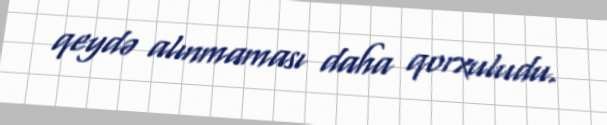
qeydə alınmaması daha qorxuludu.